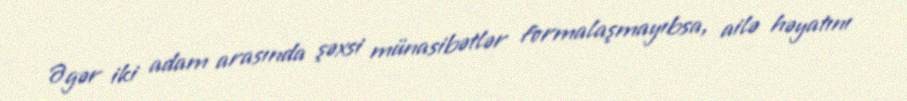
Əgər iki adam arasında şəxsi münasibətlər formalaşmayıbsa, ailə həyatını